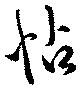
怗